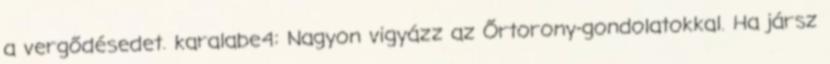
a vergődésedet. karalabe4: Nagyon vigyázz az Őrtorony-gondolatokkal. Ha jársz